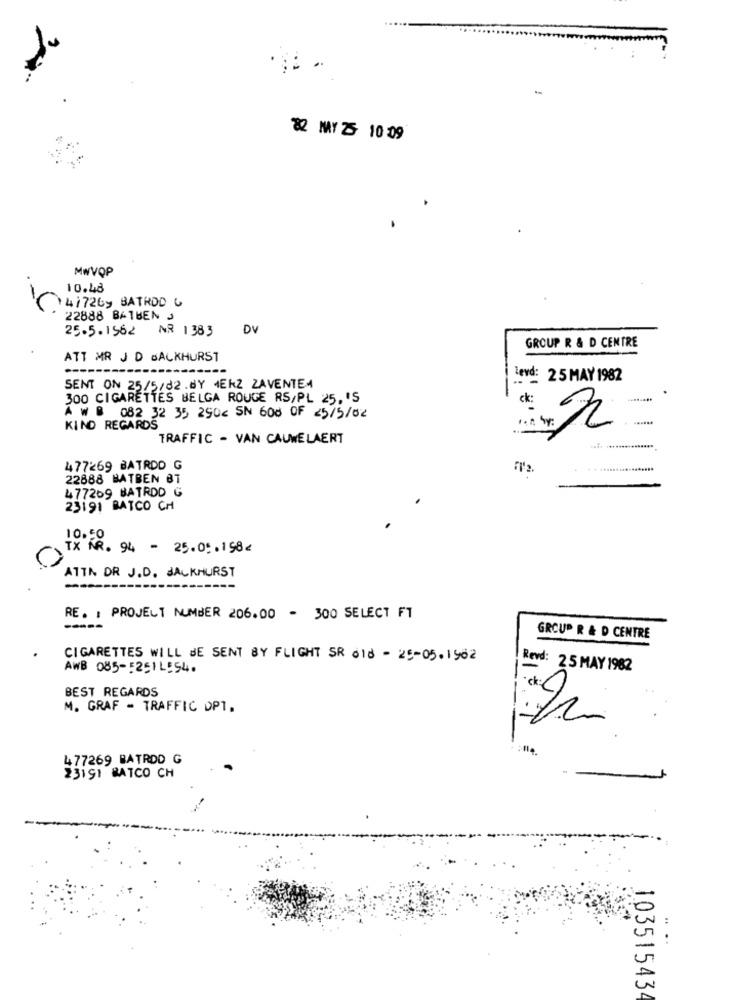
82 MY 25 10 09
MWVQP
10.48
41726y BATHDD C
22888 BATBEN J
25.5.1562 NR 1383
DV
GROUP R & D CENTRE
ATT MR J D BALKHURST
Levd: 25 MAY 1982
SENT ON 25/5/82.8Y MERZ ZAVENTEM
300 CIGARETTES BELGA ROUGE RS/PL 25. 'S
ck:
A W 8 082 32 35 290< SN 600 OF <5/5/02
. .......
KIND REGARDS
TRAFFIC - VAN CAUWELAERT
477269 BATRDD G
22888 BATBEN BT
477269 BATROD G
23191 BATCO CH
10.50
TX NR. 94 - 25.05.198<
ATTN DR J.D. JACKHURST
RE. : PROJECT NUMBER 206.00 - 300 SELECT FT
GROUP R & D CENTRE
CIGARETTES WILL BE SENT BY FLIGHT SR 010 - 25-05-1902
AWB 085-5251LE54.
Revd: 25 MAY 1982
BEST REGARDS
M. GRAF - TRAFFIC DPT.
477269 BATRDD G
23191 BATCO CH
....
103515434